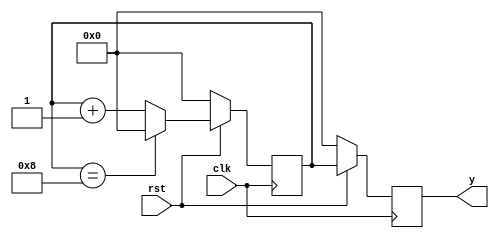
module mod9_sync(input clk,rst,
			output reg [4:0]y);
reg [4:0]counter=0;
always @ (posedge clk)
	begin
		if (rst)
			begin
				counter <= (counter == 4'b1000)? 0:(counter +4'd1);
				y<=counter;
			end  
		else
			begin
				counter <=0;	
				y<=0;			  		  
			end
	end
	
endmodule